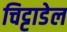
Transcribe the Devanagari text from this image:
चिट्टाडेल